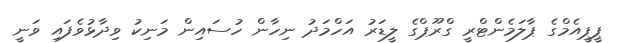
ޕީޕީއެމްގެ ޕާލަމެންޓްރީ ގްރޫޕްގެ ލީޑަރު އަހްމަދު ނިހާން ހުސައިން މަނިކު ވިދާޅުވެފައި ވަނީ